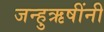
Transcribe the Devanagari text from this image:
जन्हुऋषींनी